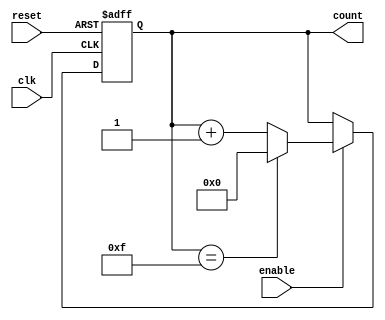
module binary_counter (
    input wire clk,              // Clock signal
    input wire reset,            // Asynchronous reset signal
    input wire enable,           // Enable signal
    output reg [3:0] count       // 4-bit output count
);

// State transition logic
always @(posedge clk or posedge reset) begin
    if (reset) begin
        count <= 4'b0000;       // Reset counter to 0
    end else if (enable) begin
        if (count == 4'b1111) begin
            count <= 4'b0000;   // Wrap around to 0 when max value (15) is reached
        end else begin
            count <= count + 1; // Increment counter by 1
        end
    end
end

endmodule